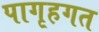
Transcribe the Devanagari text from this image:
पागृहगत